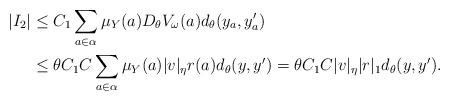
LaTeX: \begin{align*}|I_2| & \le C_1 \sum_{a\in\alpha} \mu_Y(a)D_\theta V_\omega(a) d_\theta(y_a,y_a')\\ & \le \theta C_1C \sum_{a\in\alpha} \mu_Y(a)|v|_\eta r(a) d_\theta(y,y') =\theta C_1C |v|_\eta |r|_1 d_\theta(y,y').\end{align*}